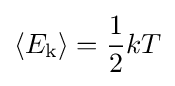
\langle E_{\mathrm {k} }\rangle ={\frac {1}{2}}kT